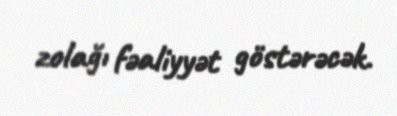
zolağı fəaliyyət göstərəcək.